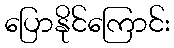
ပြောနိုင်ကြောင်း